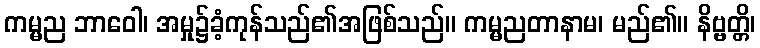
ကမ္မည ဘာဝေါ၊ အမှု၌ခံ့ကုန်သည်၏အဖြစ်သည်။ ကမ္မညတာနာမ၊ မည်၏။ နိဗ္ဗတ္တိ၊